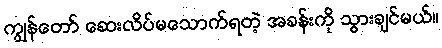
ကျွန်တော် ဆေးလိပ်မသောက်ရတဲ့ အခန်းကို သွားချင်မယ်။